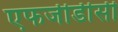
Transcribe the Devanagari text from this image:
एफजीडीसी